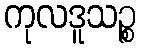
ကုလဒူသဉ္စ